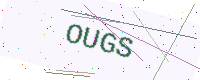
Text: OUGS